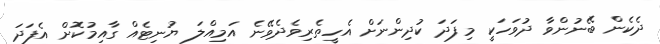
ދެކެން ބޭނުންވާ ދުވަހަކީ މިފަދަ ކުދިންނަށް އެހީތެރިވެދެވޭނެ އަމިއްލަ ޔުނިޓެއް ގާއިމުކޮށް އެފަދަ